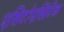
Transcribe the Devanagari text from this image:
एसिटोएसिटिक